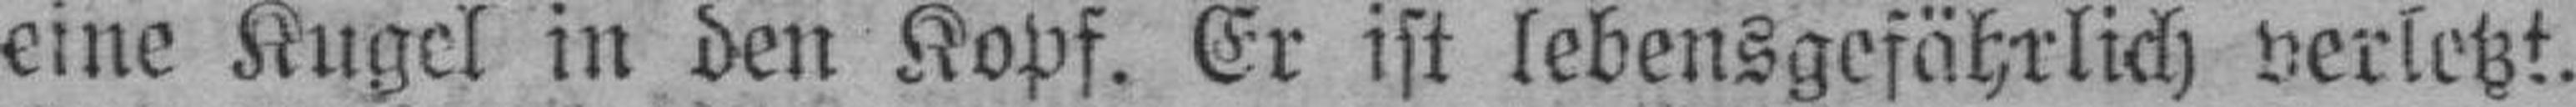
eine Kugel in den Kopf. Er ist lebensgefährlich verletzt.